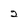
Character: 2